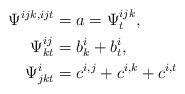
LaTeX: \begin{align*}\begin{aligned}\Psi^{ijk,ijt}&=a=\Psi^{ijk}_t,\\ \Psi^{ij}_{kt}&=b^i_k+b^i_t,\\\Psi^i_{jkt}&=c^{i,j}+c^{i,k}+c^{i,t}\end{aligned}\end{align*}